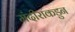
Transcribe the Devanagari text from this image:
मंदीराकडुन